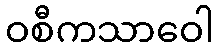
ဝစီကသာဝေါ